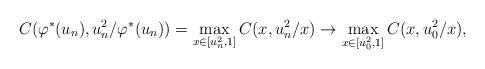
LaTeX: \begin{align*}C(\varphi^*(u_n),u_n^2/\varphi^*(u_n))=\max_{x\in [u_n^2,1]}C(x,u_n^2/x)\to \max_{x\in [u_0^2,1]}C(x,u_0^2/x),\end{align*}